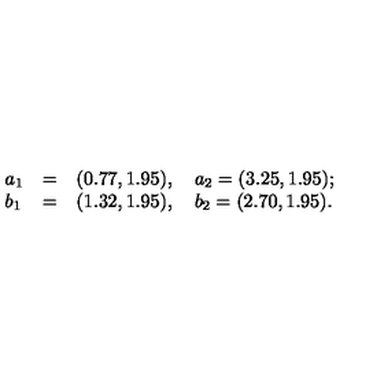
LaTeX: \left. \begin{array} { l l l } { a _ { 1 } } & { = } & { ( 0 . 7 7 , 1 . 9 5 ) , \quad a _ { 2 } = ( 3 . 2 5 , 1 . 9 5 ) ; } \\ { b _ { 1 } } & { = } & { ( 1 . 3 2 , 1 . 9 5 ) , \quad b _ { 2 } = ( 2 . 7 0 , 1 . 9 5 ) . } \\ \end{array} \right.